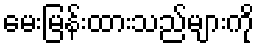
မေးမြန်းထားသည်များကို